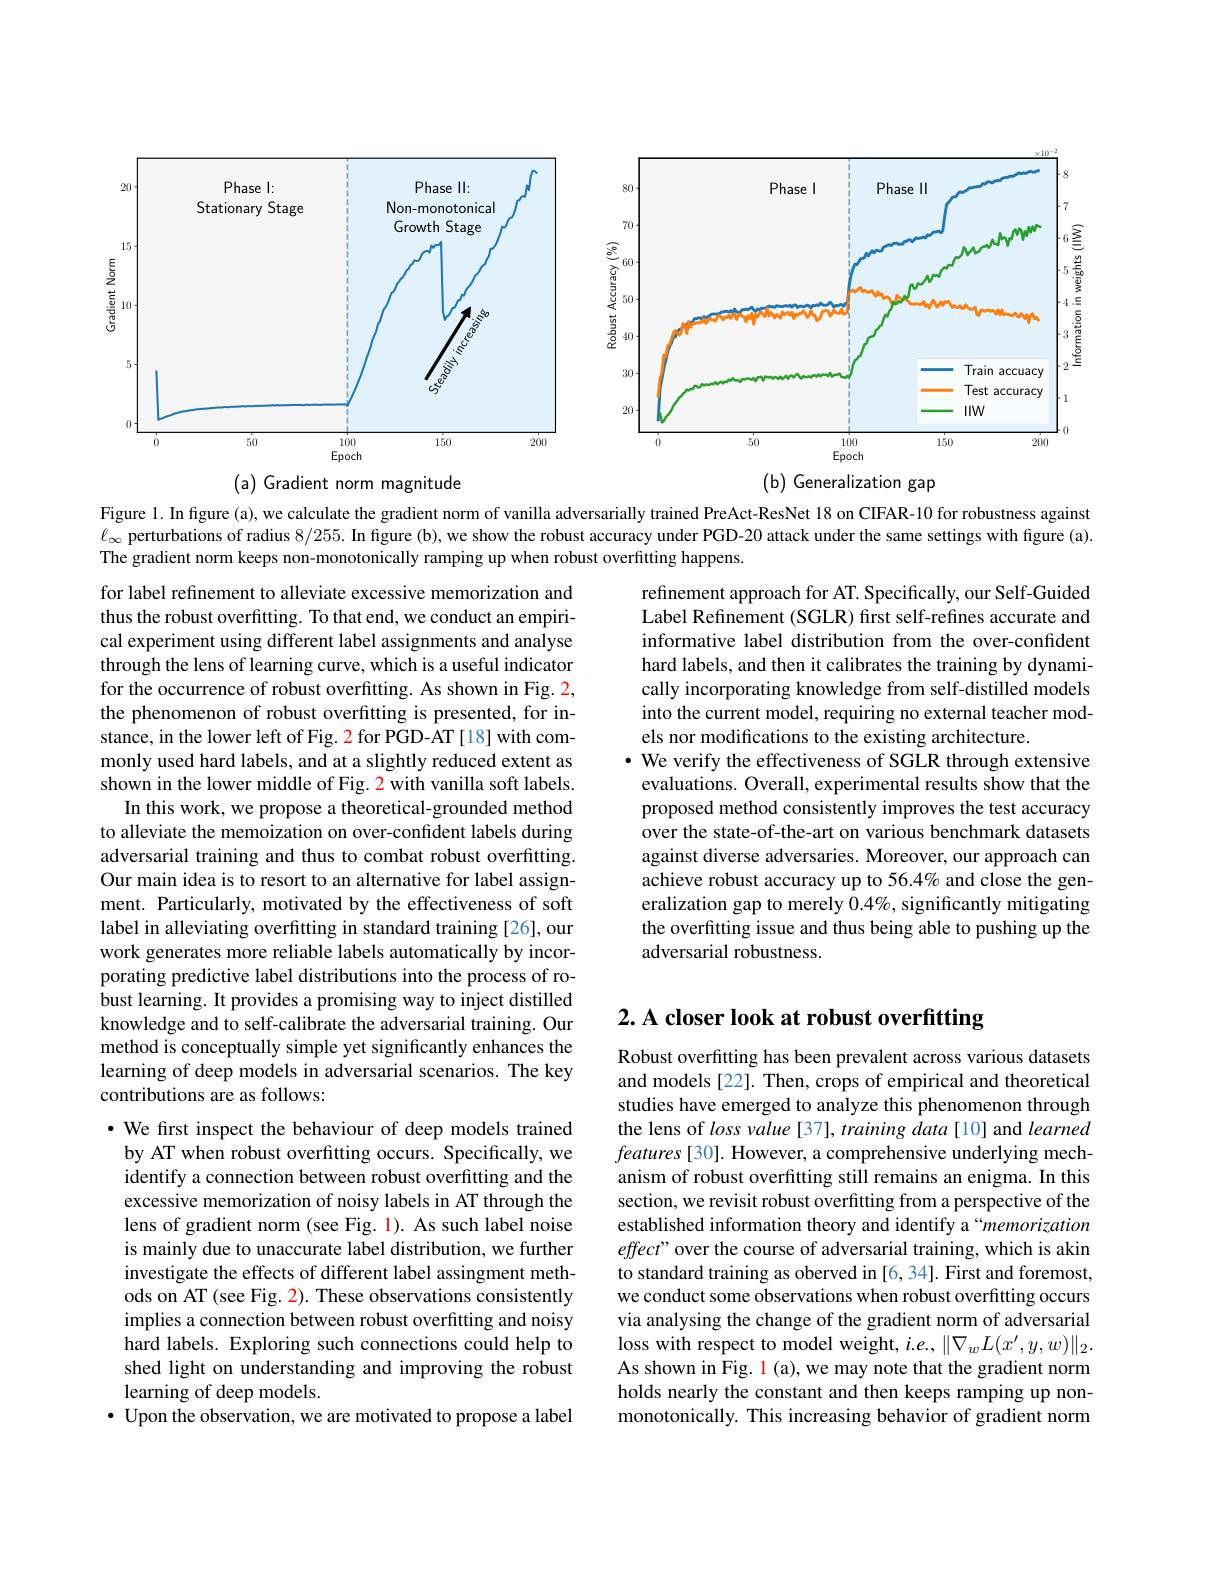
<FigureHere>

Figure 1. In figure (a), we calculate the gradient norm of vanilla adversarially trained PreAct-ResNet 18 on CIFAR-10 for robustness against $\ell_{\infty}$ perturbations of radius 8/255. In figure (b), we show the robust accuracy under PGD-20 attack under the same settings with figure (a). The gradient norm keeps non-monotonically ramping up when robust overfitting happens.

refinement approach for AT. Specifically, our Self-Guided Label Refinement (SGLR) first self-refines accurate and informative label distribution from the over-confident hard labels, and then it calibrates the training by dynamically incorporating knowledge from self-distilled models into the current model, requiring no external teacher models nor modifications to the existing architecture.
· We verify the effectiveness of SGLR through extensive
evaluations. Overall, experimental results show that the proposed method consistently improves the test accuracy over the state-of-the-art on various benchmark datasets against diverse adversaries. Moreover, our approach can achieve robust accuracy up to 56.4% and close the generalization gap to merely $0.4\%$, significantly mitigating the overfitting issue and thus being able to pushing up the adversarial robustness.

for label refinement to alleviate excessive memorization and thus the robust overfitting. To that end, we conduct an empirical experiment using different label assignments and analyse through the lens of learning curve, which is a useful indicator for the occurrence of robust overfitting. As shown in Fig. 2, the phenomenon of robust overfitting is presented, for instance, in the lower left of Fig. 2 for PGD-AT [18] with commonly used hard labels, and at a slightly reduced extent as shown in the lower middle of Fig. 2 with vanilla soft labels.
In this work, we propose a theoretical-grounded method to alleviate the memoization on over-confident labels during adversarial training and thus to combat robust overfitting. Our main idea is to resort to an alternative for label assignment. Particularly, motivated by the effectiveness of soft label in alleviating overfitting in standard training [26], our work generates more reliable labels automatically by incorporating predictive label distributions into the process of robust learning. It provides a promising way to inject distilled knowledge and to self-calibrate the adversarial training. Our method is conceptually simple yet significantly enhances the learning of deep models in adversarial scenarios. The key contributions are as follows:

# 2. A closer look at robust overfitting

Robust overfitting has been prevalent across various datasets and models [22]. Then, crops of empirical and theoretical studies have emerged to analyze this phenomenon through the lens of loss value [37], training data [10] and learned $features[30].$ However, a comprehensive underlying mechanism of robust overfitting still remains an enigma. In this section, we revisit robust overfitting from a perspective of the established information theory and identify a“memorization effect" over the course of adversarial training, which is akin to standard training as oberved in [6, 34]. First and foremost, we conduct some observations when robust overfitting occurs via analysing the change of the gradient norm of adversarial loss with respect to model weight, $i.e.,\|\nabla_wL(x^{\prime},y,w)\|_2.$ As shown in Fig. l (a), we may note that the gradient norm holds nearly the constant and then keeps ramping up nonmonotonically. This increasing behavior of gradient norm

$\bullet$ We frst inspect the behaviour of deep models trained by AT when robust overfitting occurs. Specifically, we identify a connection between robust overfitting and the excessive memorization of noisy labels in AT through the lens of gradient norm (see Fig. 1). As such label noise is mainly due to unaccurate label distribution, we further investigate the effects of different label assingment methods on AT (see Fig. 2). These observations consistently implies a connection between robust overfitting and noisy hard labels. Exploring such connections could help to shed light on understanding and improving the robust learning of deep models.
$\bullet$ Upon the observation, we are motivated to propose a label